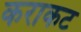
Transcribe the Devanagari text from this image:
कराकट